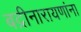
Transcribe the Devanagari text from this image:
बद्रीनारायणांना